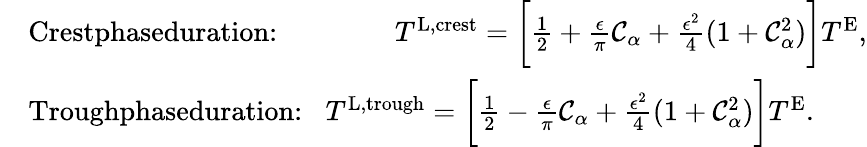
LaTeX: \begin{array}{rl}&{\textrm{Crestphaseduration:\, \, \, \, \, \, \, \, \, \, }T^{\textnormal{L,crest}}=\bigg[\frac{1}{2}+\frac{\epsilon}{\pi}\mathcal{C}_{\alpha}+\frac{\epsilon^{2}}{4}(1+\mathcal{C}_{\alpha}^{2})\bigg]T^{\textnormal{E}},}\\ &{\textrm{Troughphaseduration:\, \, }T^{\textnormal{L,trough}}=\bigg[\frac{1}{2}-\frac{\epsilon}{\pi}\mathcal{C}_{\alpha}+\frac{\epsilon^{2}}{4}(1+\mathcal{C}_{\alpha}^{2})\bigg]T^{\textnormal{E}}.}\end{array}